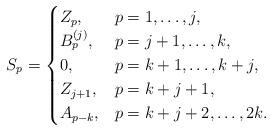
LaTeX: \begin{align*} S_p=\begin{cases} Z_p, & p=1,\dots,j, \\ B_p^{(j)}, & p=j+1,\dots,k, \\ 0, & p=k+1,\dots,k+j, \\ Z_{j+1}, & p=k+j+1, \\ A_{p-k}, & p=k+j+2,\dots,2k. \end{cases} \end{align*}